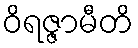
ဝိရဇ္ဇာမီတိ